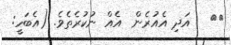
١٨   އަދި އެއުރެން  އެއް ނުކުރެތެވެ. (އެބަހީ: